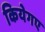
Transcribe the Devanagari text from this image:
कियेगए